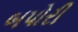
બપોરી